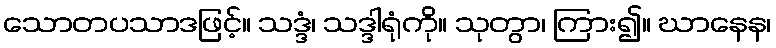
သောတပသာဒဖြင့်။ သဒ္ဒံ၊ သဒ္ဒါရုံကို။ သုတွာ၊ ကြား၍။ ဃာနေန၊